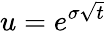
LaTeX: u=e^{\sigma{\sqrt{t}}}